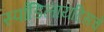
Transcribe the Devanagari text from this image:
स्पाँडिलायटिसचे